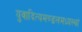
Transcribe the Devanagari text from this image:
युवादित्यमण्डलमध्यस्थां